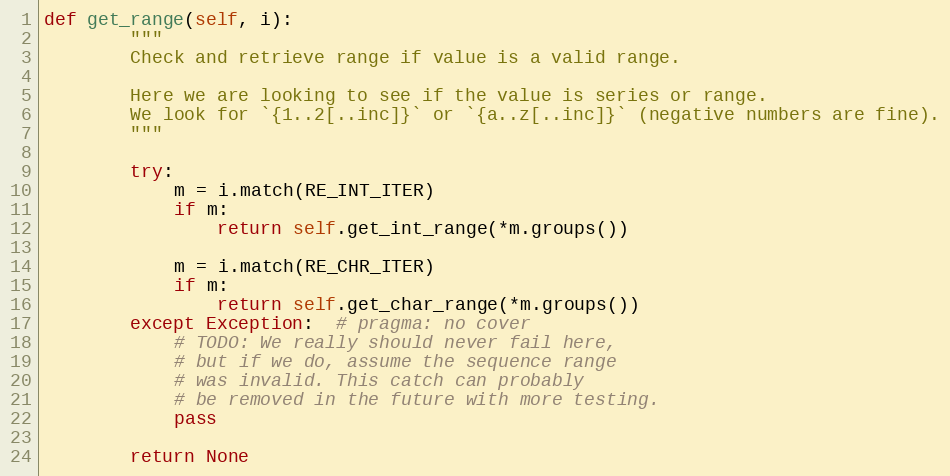
Language: Python
def get_range(self, i):
        """
        Check and retrieve range if value is a valid range.

        Here we are looking to see if the value is series or range.
        We look for `{1..2[..inc]}` or `{a..z[..inc]}` (negative numbers are fine).
        """

        try:
            m = i.match(RE_INT_ITER)
            if m:
                return self.get_int_range(*m.groups())

            m = i.match(RE_CHR_ITER)
            if m:
                return self.get_char_range(*m.groups())
        except Exception:  # pragma: no cover
            # TODO: We really should never fail here,
            # but if we do, assume the sequence range
            # was invalid. This catch can probably
            # be removed in the future with more testing.
            pass

        return None